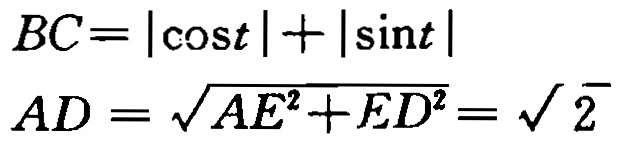
\[
BC = |\cos t| + |\sin t|
\]
\[
AD = \sqrt{AE^{2}+ED^{2}}=\sqrt{2}
\]